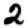
Digit: 2